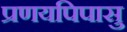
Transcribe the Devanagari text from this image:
प्रणयपिपासु